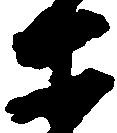
等